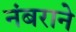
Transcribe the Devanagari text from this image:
नंबराने